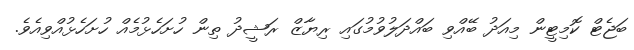
ބަޖެޓް ކޮމިޓީން މިއަދު ބޭއްވި ބައްދަލުވުމުގައި ރިޔާޒް ރަޝީދު ތިން ހުށަހެޅުމެއް ހުށަހެޅުއްވިއެވެ.